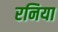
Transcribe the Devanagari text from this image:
रनिया